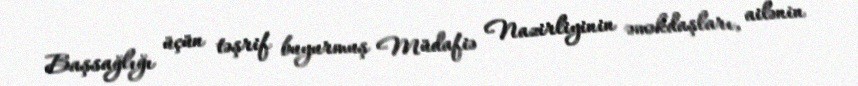
Başsağlığı üçün təşrif buyurmuş Müdafiə Nazirliyinin əməkdaşları, ailənin